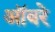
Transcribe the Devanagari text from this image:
ऑबरे